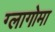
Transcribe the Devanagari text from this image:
ग्लागोमा